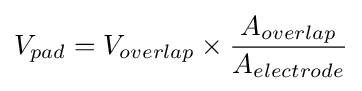
V_{pad}=V_{overlap}\times {\frac {A_{overlap}}{A_{electrode}}}